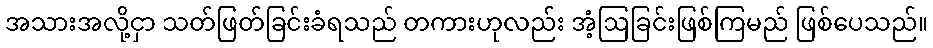
အသားအလို့ငှာ သတ်ဖြတ်ခြင်းခံရသည် တကားဟုလည်း အံ့ဩခြင်းဖြစ်ကြမည် ဖြစ်ပေသည်။